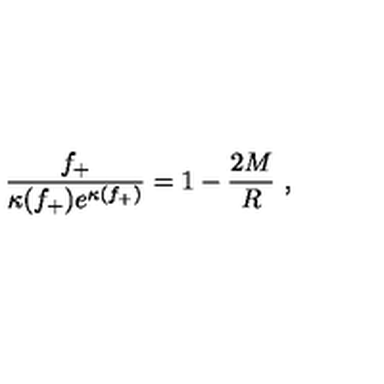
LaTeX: \frac { f _ { + } } { \kappa ( f _ { + } ) e ^ { \kappa ( f _ { + } ) } } = 1 - \frac { 2 M } { R } \ ,